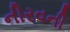
નીરવની